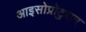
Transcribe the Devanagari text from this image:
आइसोप्रोटुरान